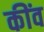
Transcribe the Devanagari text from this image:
कींव